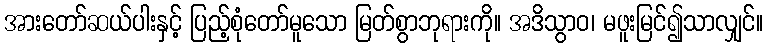
အားတော်ဆယ်ပါးနှင့် ပြည့်စုံတော်မူသော မြတ်စွာဘုရားကို။ အဒိသွာဝ၊ မဖူးမြင်၍သာလျှင်။